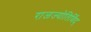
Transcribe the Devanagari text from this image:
राजज्योतिर्विद्